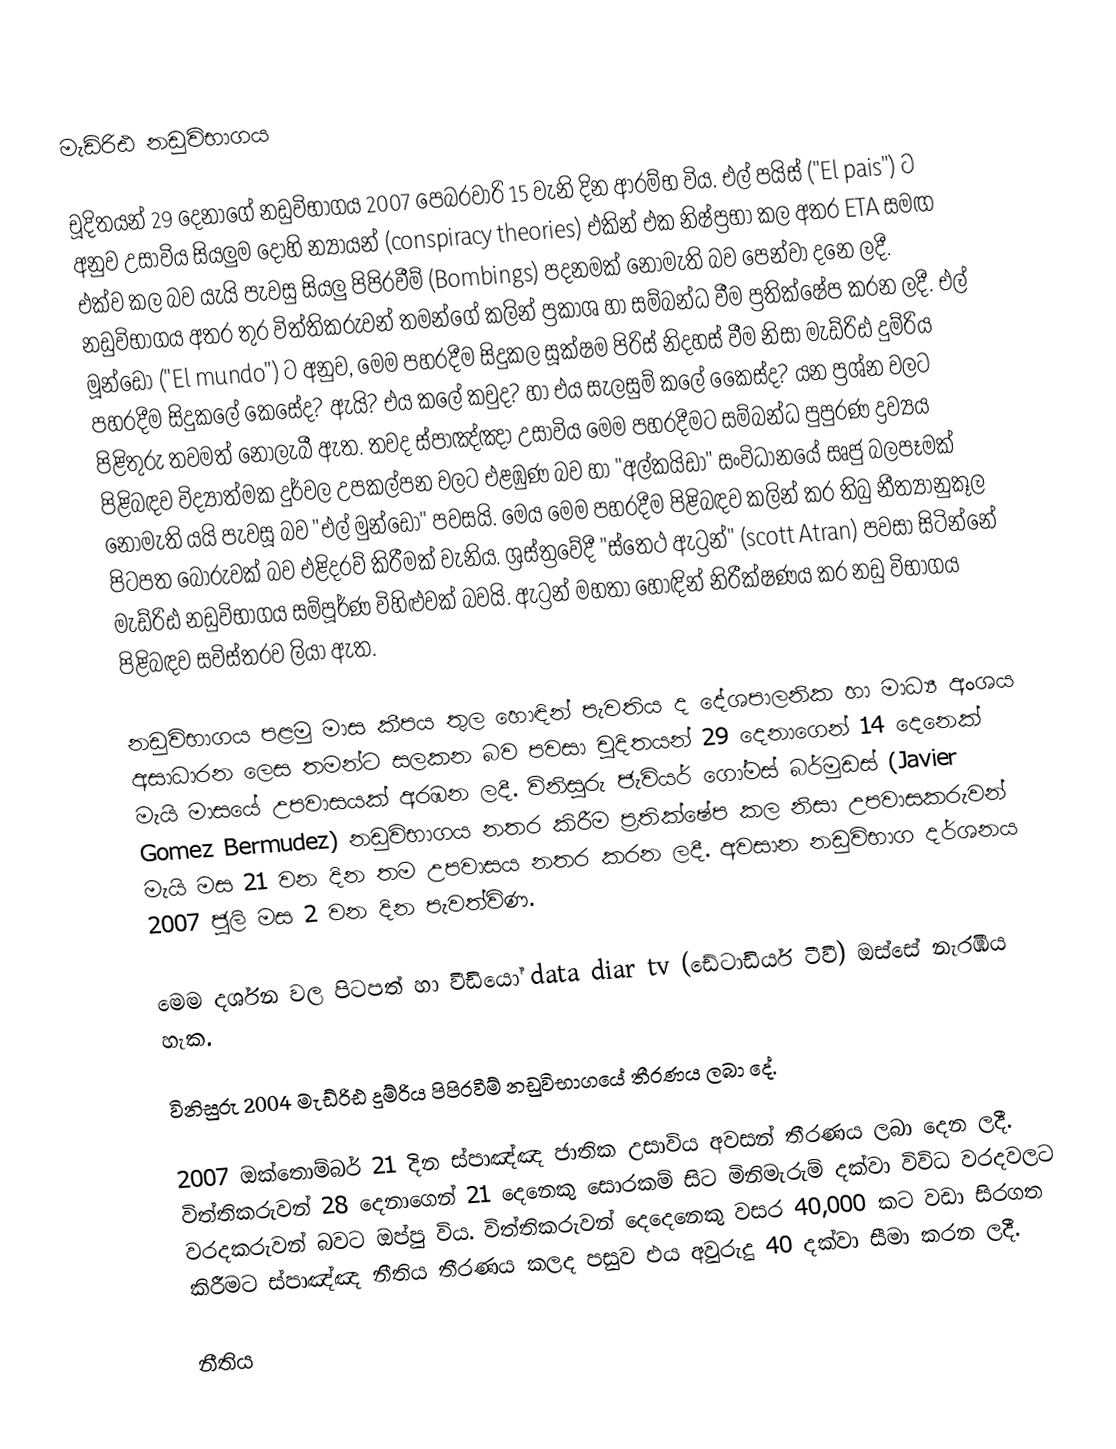
මැඩ්රිඪ නඩුවිභාගය

චූදිතයන් 29 දෙනාගේ නඩුවිභාගය 2007 පෙබරවාරි 15 වැනි දින ආරම්භ විය. එල් පයිස් ("El pais") ට අනුව උසාවිය සියලුම දොහි න්‍යායන් (conspiracy theories) එකින් එක නිෂ්ප්‍රභා කල අතර ETA සමඟ එක්ව කල බව යැයි පැවසු සියලු පිපිරවීම් (Bombings) පදනමක් නොමැති බව පෙන්වා දනෙ ලදී. නඩුවිභාගය අතර තුර විත්තිකරුවන් තමන්ගේ කලින් ප්‍රකාශ හා සම්බන්ධ වීම ප්‍රතික්ෂේප කරන ලදී. එල් මූන්ඩෝ ("El mundo") ට අනුව, මෙම පහරදීම සිදුකල සූක්ෂම පිරිස් නිදහස් වීම නිසා මැඩ්රිඪ දුම්රිය පහරදීම සිදුකලේ කෙසේද? ඇයි? එය කලේ කවුද? හා එය සැලසුම් කලේ කෙ‍ෙස්ද? යන ප්‍රශ්න වලට පිළිතුරු තවමත් නොලැබී ඇත. තවද ස්පාඤ්ඤා උසාවිය මෙම පහරදීමට සම්බන්ධ පුපුරණ ද්‍රව්‍යය පිළිබඳව විද්‍යාත්මක දුර්වල උපකල්පන වලට එළඹුණ බව හා "අල්කයිඩා" සංවිධානයේ සෘජු බලපෑමක් නොමැති යයි පැවසූ බව "එල් මුන්ඩෝ" පවසයි. මෙය මෙම පහරදීම පිළිබඳව කලින් කර තිබු නීත්‍යානුකූල පිටපත බොරුවක් බව එළිදරව් කිරීමක් වැනිය. ශ්‍රස්ත්‍රවේදී "ස්තෙථ ඇට්‍රන්" (scott Atran) පවසා සිටින්නේ මැඩ්රිඪ නඩුවිභාගය සම්පූර්ණ විහිළුවක් බවයි. ඇට්‍රන් මහතා හොඳින් නිරීක්ෂණය කර නඩු විභාගය පිළිබඳව සවිස්තරව ලියා ඇත.

නඩුවිභාගය පළමු මාස කීපය තුල හොඳින් පැවතිය ද දේශපාලනික හා මාධ්‍ය අංශය අසාධාරන ලෙස තමන්ට සලකන බව පවසා චූදිතයන් 29 දෙනාගෙන් 14 දෙනෙක් මැයි මාසයේ උපවාසයක් අරඹන ලදී. විනිසුරු ජැවියර් ගෝමස් බර්මුඩස් (Javier Gomez Bermudez) නඩුවිභාගය නතර කිරීම ප්‍රතික්ෂේප කල නිසා උපවාසකරුවන් මැයි මස 21 වන දින තම උපවාසය නතර කරන ලදී. අවසාන නඩුවිභාග දර්ශනය 2007 ජූලි මස 2 වන දින පැවත්විණ.

මෙම දර්ශන වල පිටපත් හා වීඩියෝ data diar tv (ඩේටාඩියර් ටීවී) ඔස්සේ නැරඹිය හැක.

විනිසුරු 2004 මැඩ්රිඪ දුම්රිය පිපිරවීම් නඩුවිභාගයේ තීරණය ලබා‍ දේ.

2007 ඔක්තොම්බර් 21 දින ස්පාඤ්ඤ ජාතික උසාවිය අවසන් තීරණය ලබා දෙන ලදී. විත්තිකරුවන් 28 දෙනාගෙන් 21 දෙනෙකු සොරකම් සිට මිනිමැරුම් දක්වා විවිධ වරදවලට වරදකරුවන් බවට ඔප්පු විය. විත්තිකරුවන් දෙදෙනෙකු වසර 40,000 කට වඩා සිරගත කිරීමට ස්පාඤ්ඤ නීතිය තීරණය කලද පසුව එය අවුරුදු 40 දක්වා සීමා කරන ලදී.

නීතිය